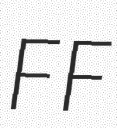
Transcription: FF